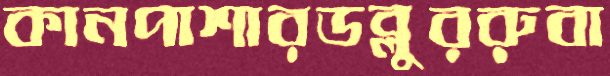
কানপাশারডব্লুররুবা